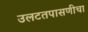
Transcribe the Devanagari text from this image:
उलटतपासणीचा